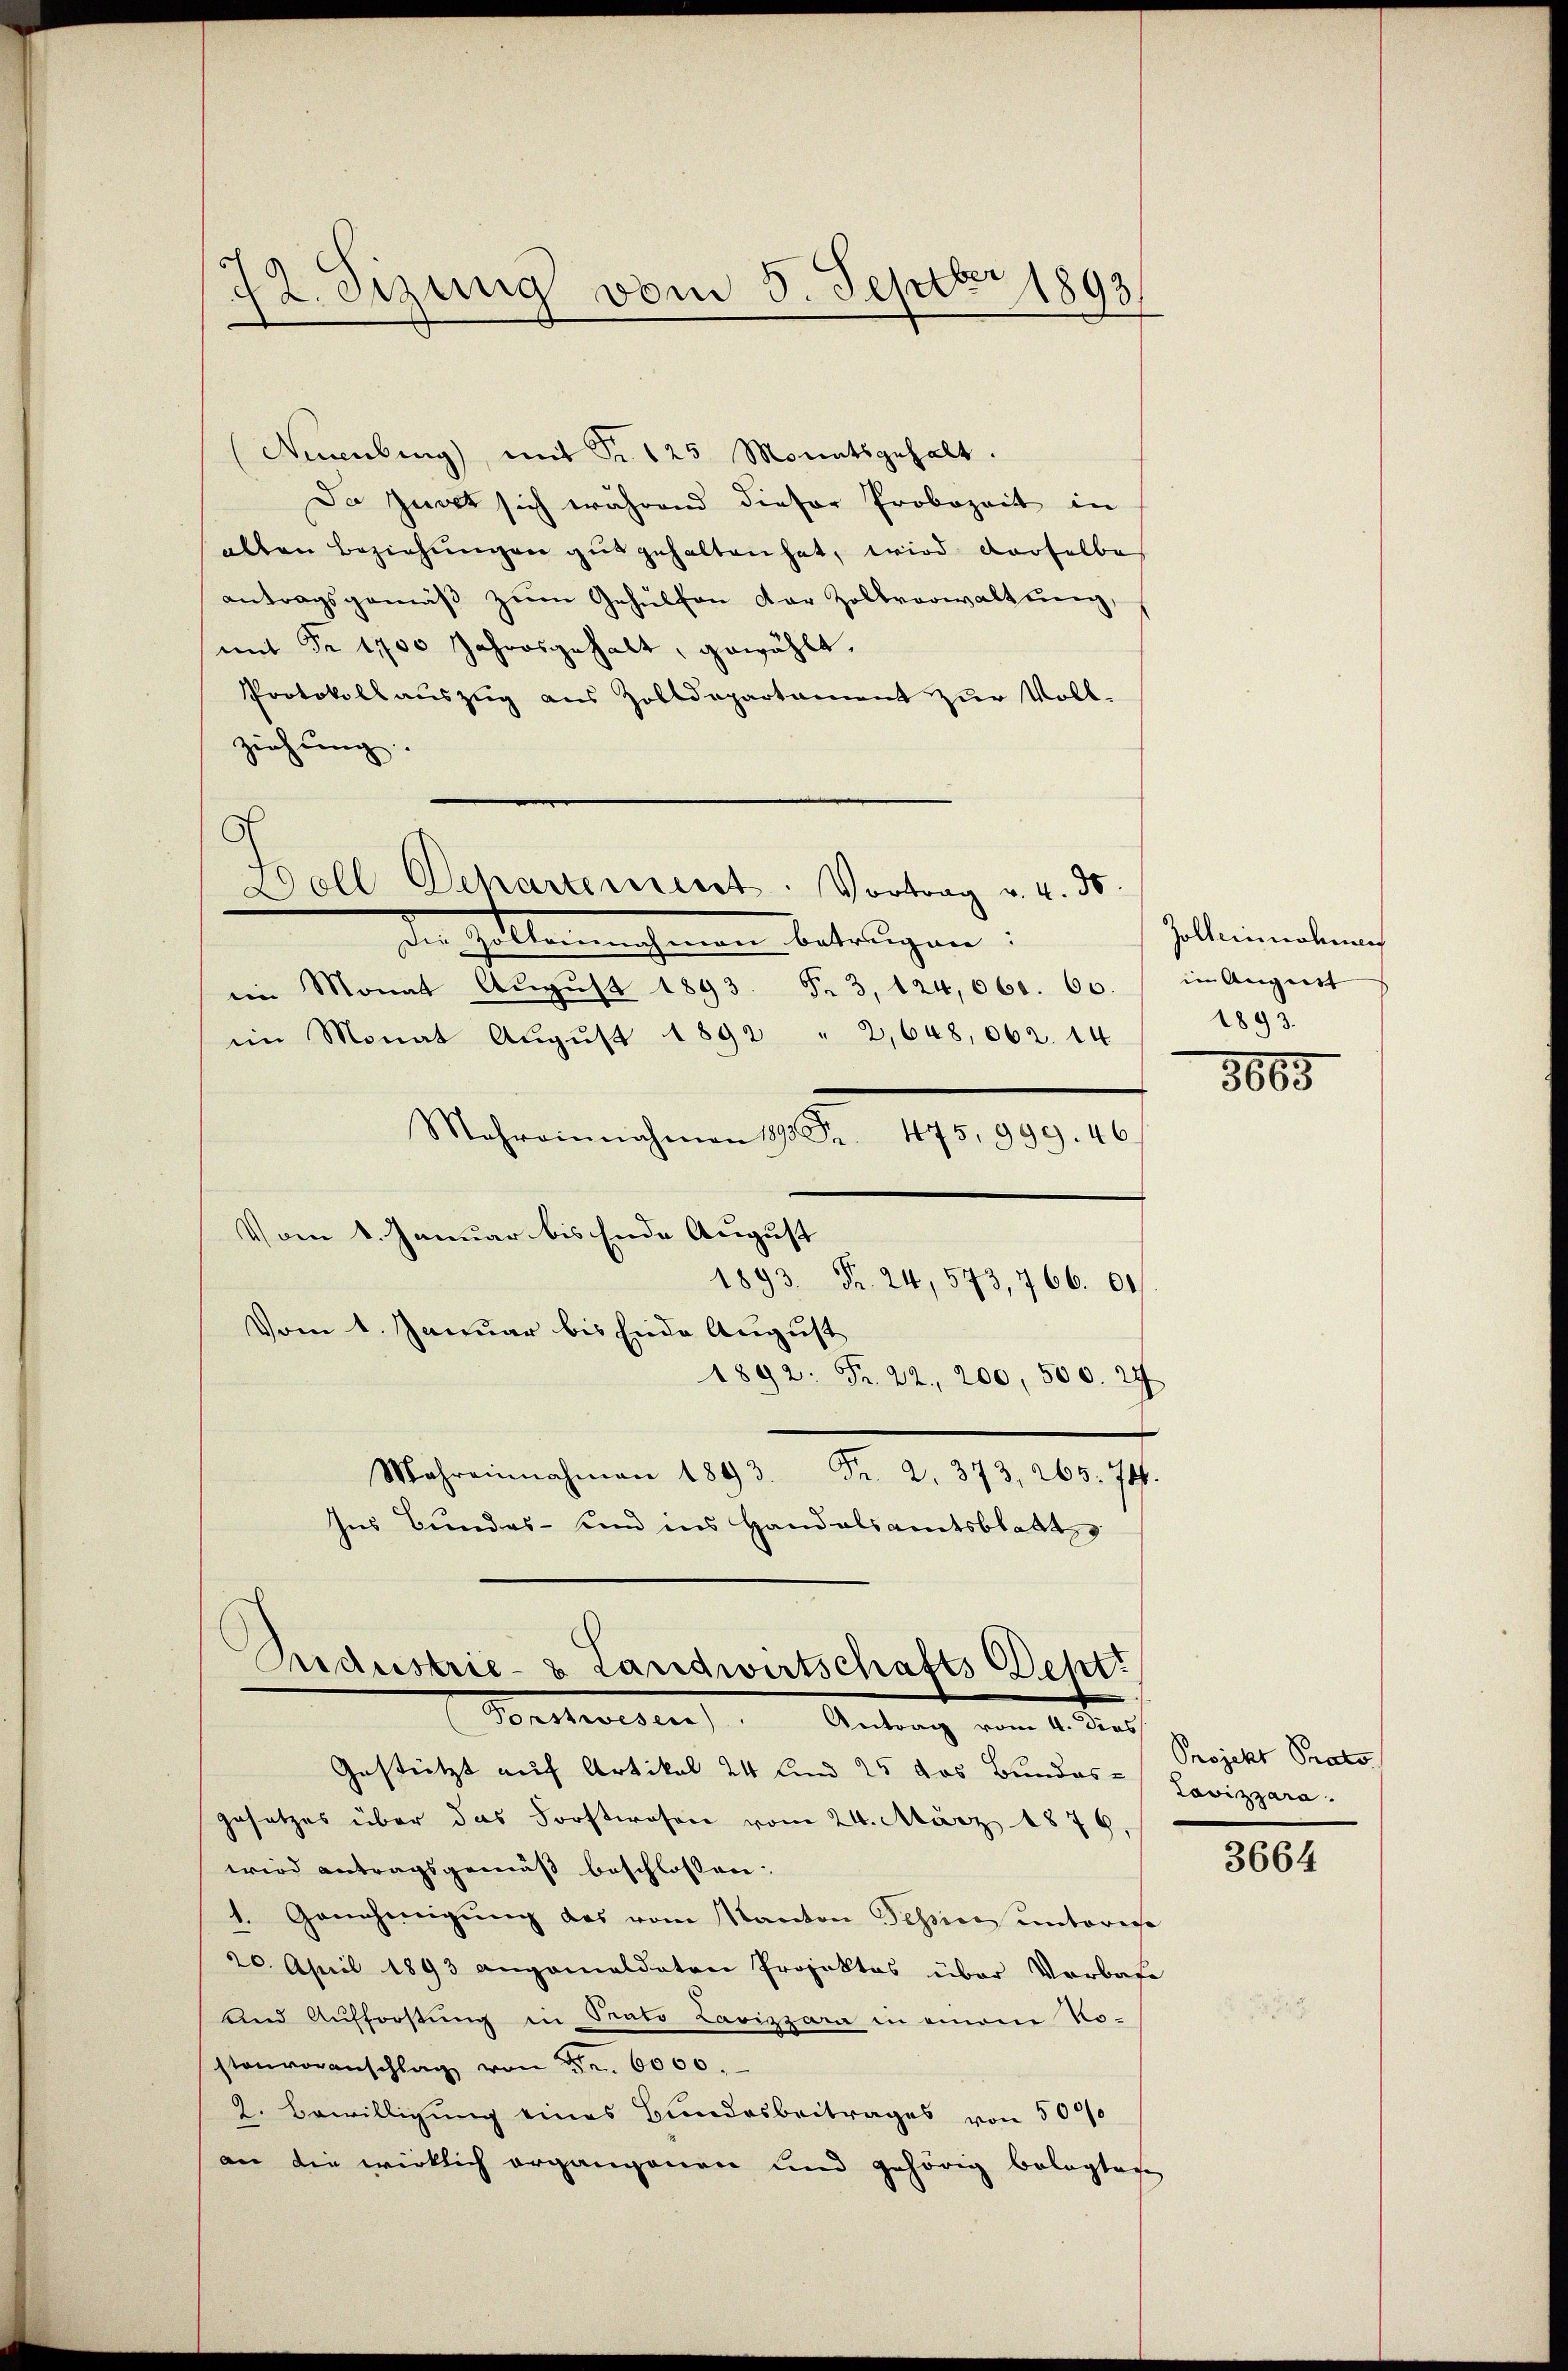
(Neuenburg), mit Fr. 125 Monatsgehalt.
Da Gant sich während dieser Probezeit in
alten Beziehungen gut gehalten hat, wird derselbe
antragsgemäβ zŭm Gehülfen dar Zollverwaltung,
mit Fr. 1100 Jahresgehalt, gewählt,
Protokollauszug aus Zolldepartament zŭr Voll-
zichtung
den hattenmachenen betragen:
iin Monat Aŭgŭst 1893. Fr. 3, 124, 660. 60. in August
im Monat Aŭgŭst 1892 " 2,648, 662. 14
Mehreinnahmen 1890 Fr. 475, 999. 46.
Vom 1. Januar bis Ende August
1893 Fr. 24, 573, 766. 1
Vom 1. Januar bis Ende August
1892: Fr. 22. 200, 500. 27
Mareinnahmen 1893. Fr. 2. 373, 265. 744.
Ins Bundes- und ins Handalsamtsblatt

12. Sezung vom 5. Septbr 1893

5
Doll Departement. Vortrag v. 4. ds.

Sudustrie- & Landwirtschafts Sept.
Sonstwesen. Antrag vom 4. Dies
Gestützt auf Artikal 24 Kind 25 das Bundes- Lavizzara

gesetzes über das Forstwesen vom 24. März 1876.
wird antragsgemäß beschlossen:
1. Genehmigŭng des vom Kanton Tessive unteresse
20. April 1893 angemeldeten Projektes über Vorbase
und Aufforstung in Stato Lavizzara in einem No-
stenvoranschlag von Fr. 6000.
2. Bewilligung eines Bundesbeitrages von 5000
an die wirklich organgenen und gehörig belegtage

Zolternohmen
1893.

8865

Projekt Proto

3664